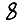
Digit: 8